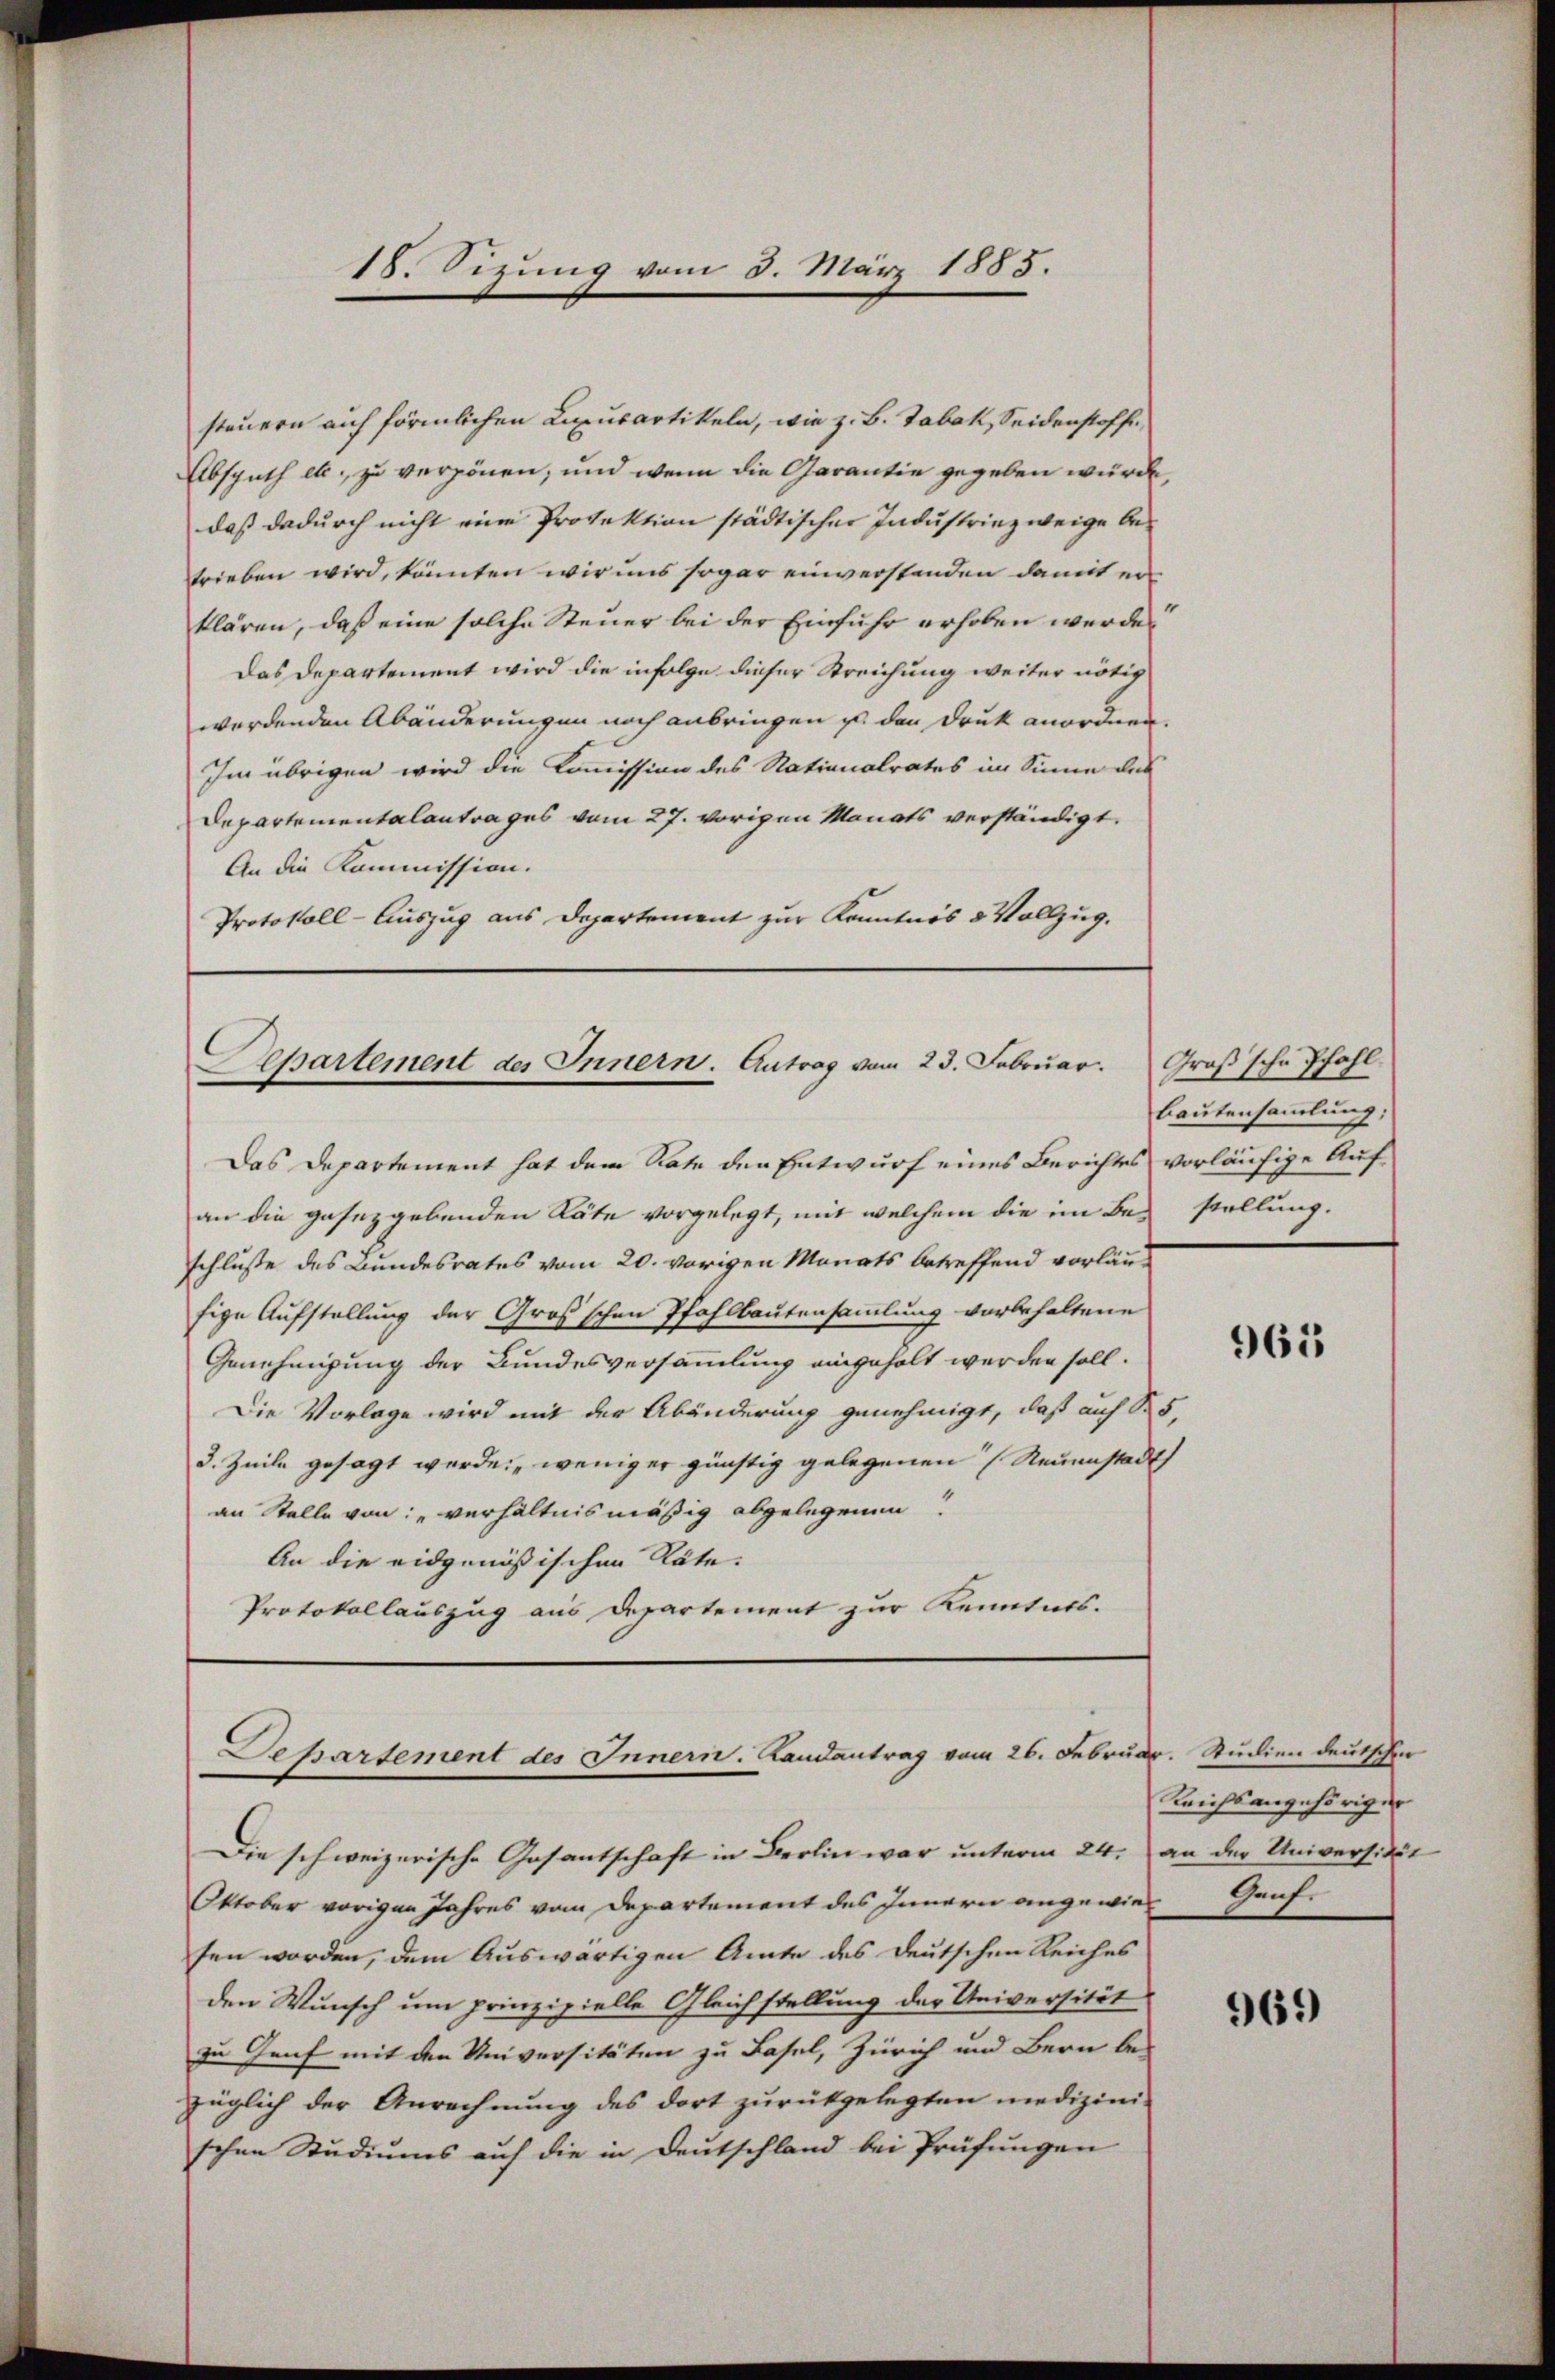
18. Sizung vom 5. März 1885.

steuern auf förmlichen Lupusartikeln, wie z. B. Tabak, Seidenstoffe,
Absputh etc., zu verpönen, und wenn die Garantie gegeben würde,
daß dadurch nicht eine Protektion städtischen Industriezweige betrieben wird, könnten wir uns sogar einverstenden damit er
klären, daß eine solche Steuer bei der Einfuhr erhoben werde,
Das Departement wird die infolge dieser Streichung weiter nötig
werdenden Abänderungen noch anbringen ist den Druk anordnen.
Im übrigen wird die Kommission des Nationalrates im Sinne des
Departementalantrages vom 27. vorigen Monats verständigt.
An die Kommission.
Protokoll-Auszug aus Departement zur Kenntnis & Vollzug.

Separtement des Innern. Antrag vom 23. Februar.
Das Departement hat dem Rate der Entwurf eines Berichtes vorläufige Auf¬

an die gesetzgebenden Käte vorgelegt, mit welchem die im Bestellung.
schlusse des Bundesrates vom 20. vorigen Monats betreffend vorläusige Aufstellung der Großschen Pfahlbautensammlung vorbehaltene
Genehmigung der Bundesversammlung eingeholt werden soll.
Die Vorlage wird mit der Abänderung genehmigt, daß auf S. 5,
3. Zeile gesagt werden, weniger günstig gelegenen Neuenstadt
an Stelle von: „verhältnismäßig abgelegenen
An die eidgenößischen Räte.
Protokollauszug aus Departement zur Kenntnis.

Departement des Innern. Landantrag vom 26. Februar. Studien deutschen

Die schweizerische Gesantschaft in Berlin war unterm 24. an der Universität
Oktober vorigen Jahres vom Departement des Innern angewiesen worden, dem Auswärtigen Amte des deutschen Reiches
den Wunsch um prinzipielle Gleichstellung der Universität
zu Genf mit den Universitäten zu Basel, Zürich und Bern be-
züglich der Anrechnung des dort zurückgelegten medizini-
schen Studiums auf die in Deutschland bei Prüfungen

Groß sche Pfahl.
Bautensammlung;

965

Reichsangehöriger
Genf.

969